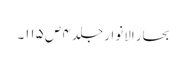
بحار الانوار جلد ۴ ص ۱۱۵۔